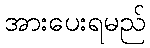
အားပေးရမည်